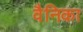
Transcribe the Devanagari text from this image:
वैनिका